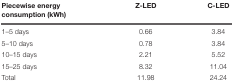
<table><thead><tr><td><b>Piecewise energy consumption (kWh)</b></td><td><b>Z-LED</b></td><td><b>C-LED</b></td></tr></thead><tbody><tr><td>1–5 days</td><td>0.66</td><td>3.84</td></tr><tr><td>5–10 days</td><td>0.78</td><td>3.84</td></tr><tr><td>10–15 days</td><td>2.21</td><td>5.52</td></tr><tr><td>15–25 days</td><td>8.32</td><td>11.04</td></tr><tr><td>Total</td><td>11.98</td><td>24.24</td></tr></tbody></table>